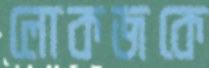
লোকজকে